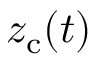
z _ { \mathrm { c } } ( t )